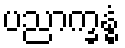
ပညာက္ခန္ဓံ